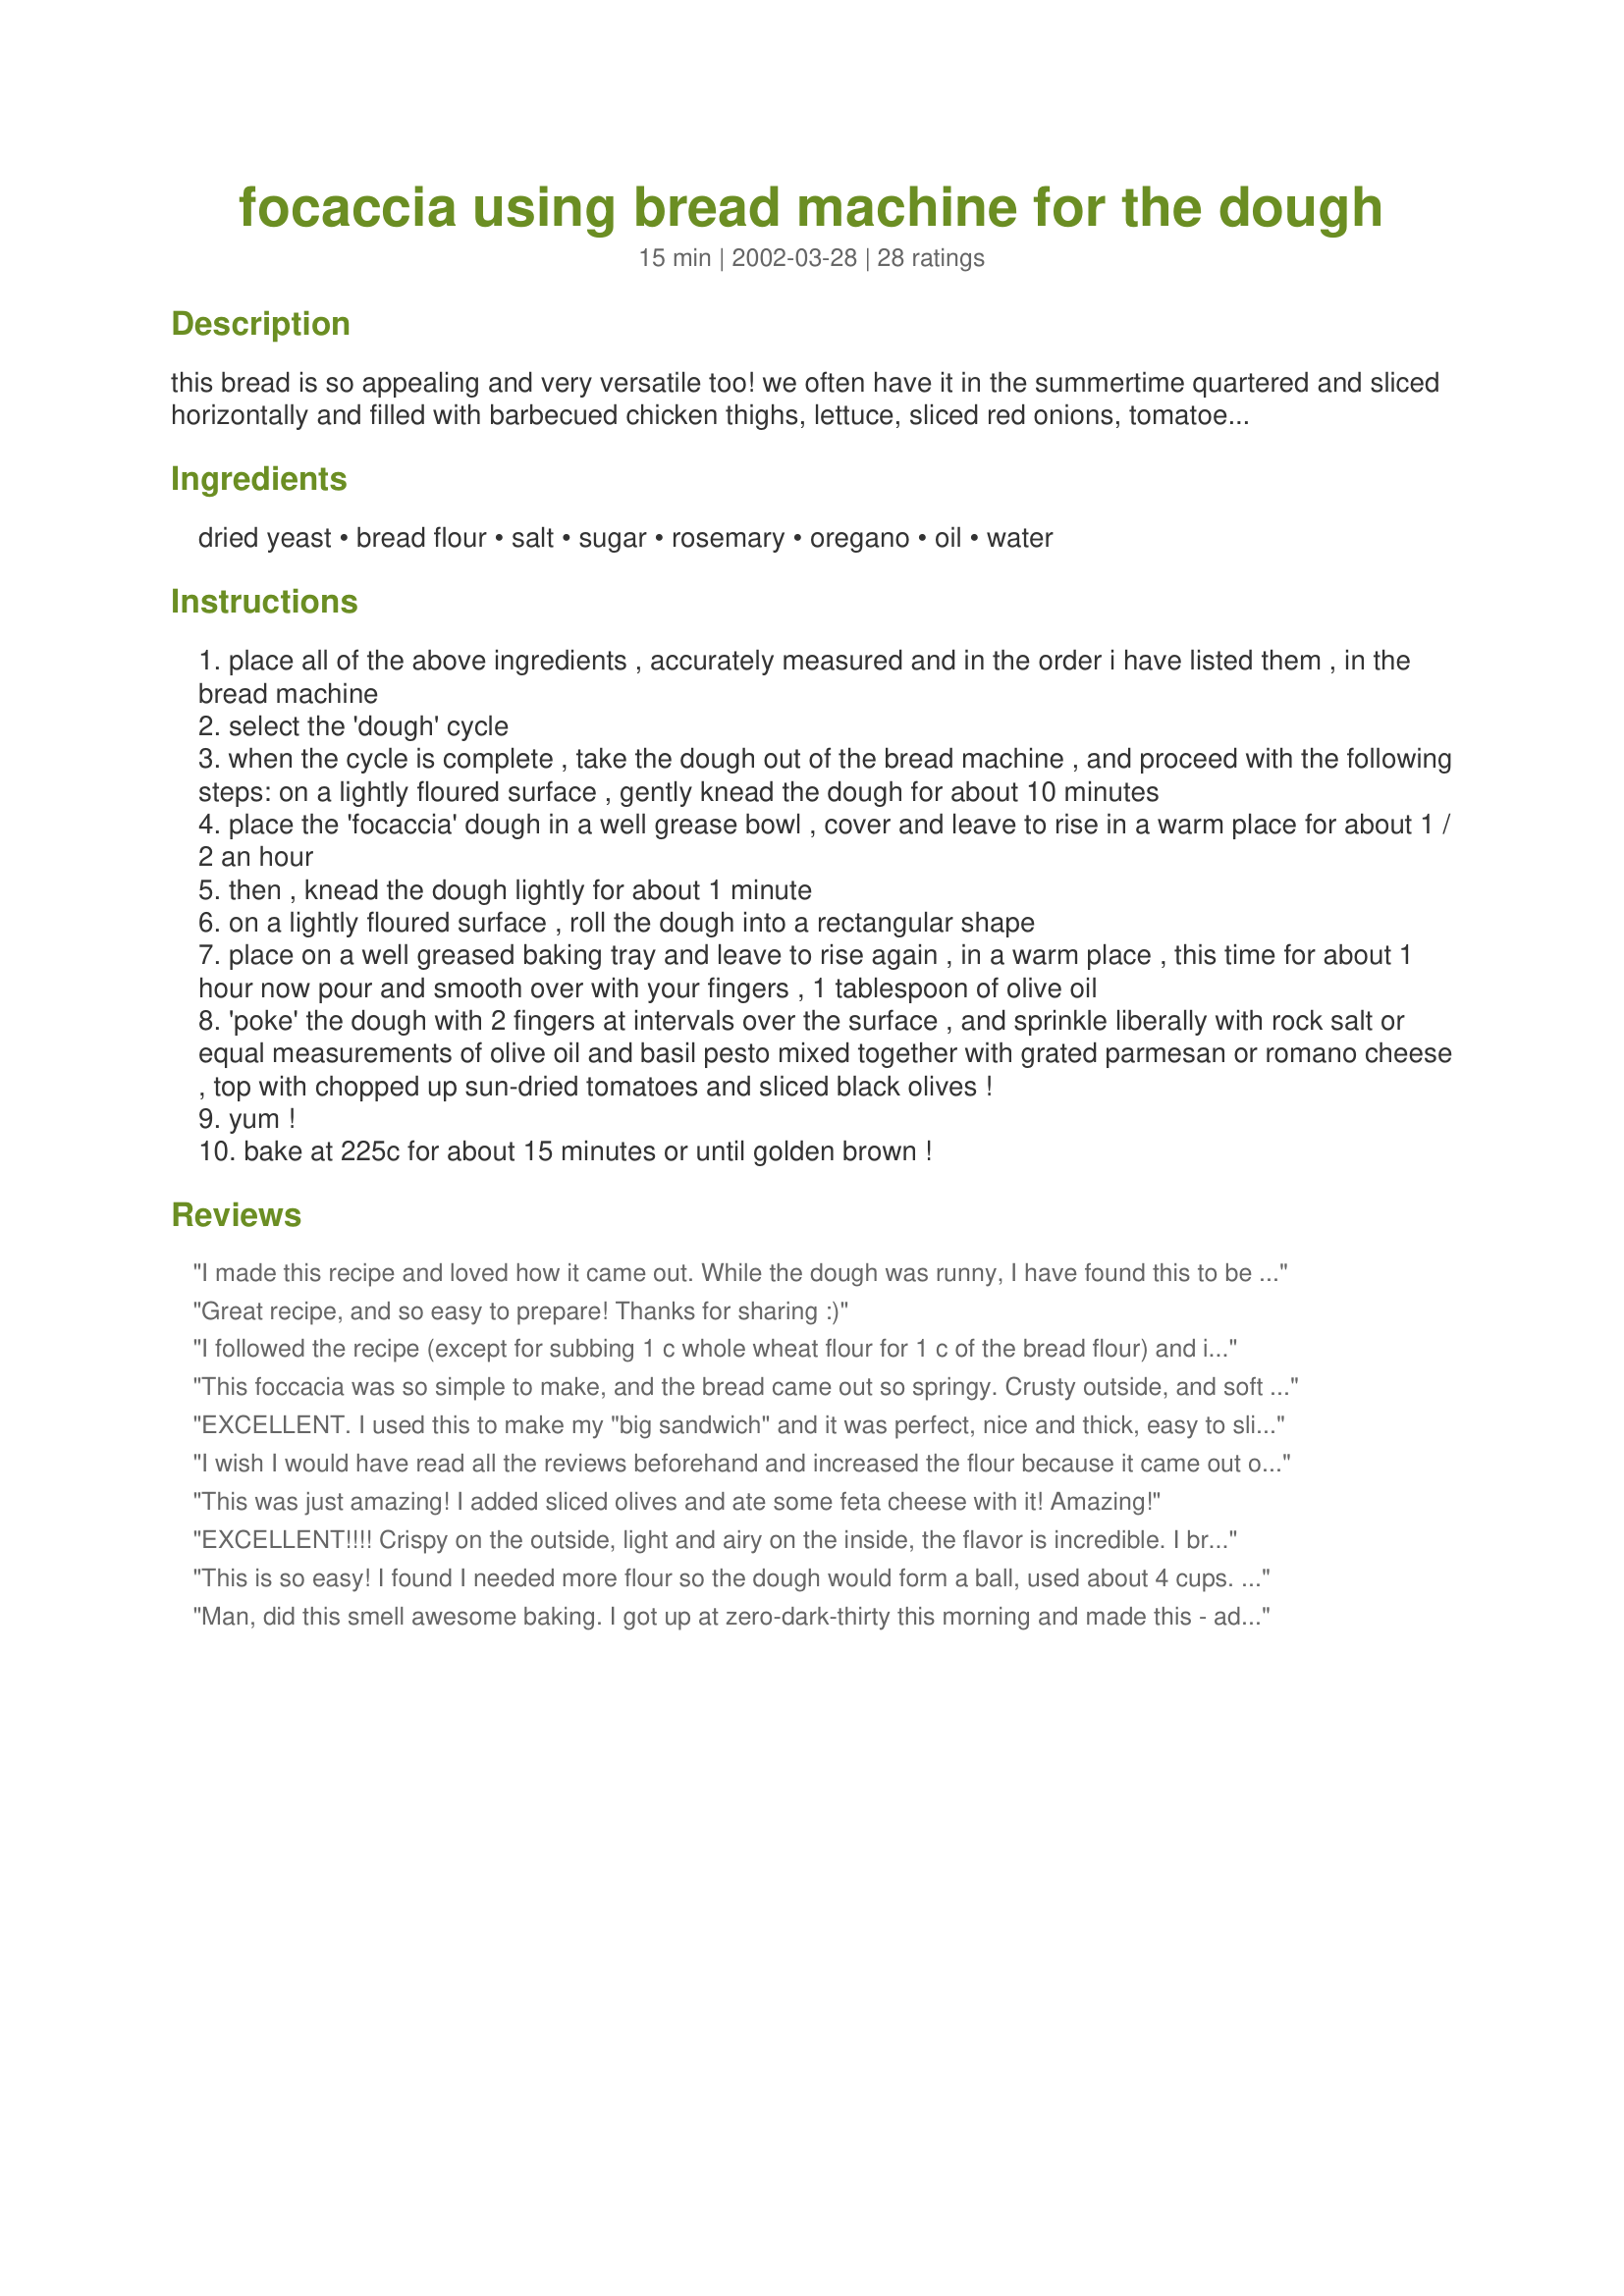
focaccia using bread machine for the dough
Preparation time: 15 minutes

this bread is so appealing and very versatile too! we often have it in the summertime quartered and sliced horizontally and filled with barbecued chicken thighs, lettuce, sliced red onions, tomatoes and avocado and some paul newman's own ranch dressing! simply divine!! the preparation time i have given does not include the time it takes for the bread machine to make the dough or the time it takes for the dough to rise.

Ingredients:
dried yeast, bread flour, salt, sugar, rosemary, oregano, oil, water

Steps:
place all of the above ingredients , accurately measured and in the order i have listed them , in the bread machine
select the 'dough' cycle
when the cycle is complete , take the dough out of the bread machine , and proceed with the following steps: on a lightly floured surface , gently knead the dough for about 10 minutes
place the 'focaccia' dough in a well grease bowl , cover and leave to rise in a warm place for about 1 / 2 an hour
then , knead the dough lightly for about 1 minute
on a lightly floured surface , roll the dough into a rectangular shape
place on a well greased baking tray and leave to rise again , in a warm place , this time for about 1 hour now pour and smooth over with your fingers , 1 tablespoon of olive oil
'poke' the dough with 2 fingers at intervals over the surface , and sprinkle liberally with rock salt or equal measurements of olive oil and basil pesto mixed together with grated parmesan or romano cheese , top with chopped up sun-dried tomatoes and sliced black olives !
yum !
bake at 225c for about 15 minutes or until golden brown !

Reviews:
I made this recipe and loved how it came out. While the dough was runny, I have found this to be a common thing in focaccia. I know some people don&#039;t like all the kneading, but I have noticed that without the kneading it does not taste the same. I have taken some culinary classes and so in those they did teach us about how kneading actually is used to spread flavors throughout the dough that can settle during rising times. While this recipie can take kinda a whole day to prepare, it is amazing. I&#039;ve shared it with friends and people loved it.....even told me it was pretty addicting. while I will admit that I also put olive oil in the pan when I cook it and that makes it amazing! Just be careful because again it can become adicting and help make friends! ;)
Great recipe, and so easy to prepare! Thanks for sharing :)
I followed the recipe (except for subbing 1 c whole wheat flour for 1 c of the bread flour) and it turned out perfectly and great with a bowl of veggie beef soup for dinner tonight. I didn't put anything on the top except for olive oil and salt. I will definitely be making this again! Thanks!
This foccacia was so simple to make, and the bread came out so springy. Crusty outside, and soft inside. Forgot to salt mine before baking, won't make the same mistake again next time. Very tasty. Thank you for posting.
EXCELLENT. I used this to make my "big sandwich" and it was perfect, nice and thick, easy to slice in half. I did have to use about 4 cups of flour.
I wish I would have read all the reviews beforehand and increased the flour because it came out of the bread machine as a sloppy gloppy mess. I had to add an additional 2 cups of flour before I could begin kneading :( I'm fairly experienced with making bread in general, never had a dough like that before.
This was just amazing! I added sliced olives and ate some feta cheese with it! Amazing!
EXCELLENT!!!! Crispy on the outside, light and airy on the inside, the flavor is incredible. I brushed the dough with 2 Tablespoons of olive oil, sprinkled on top with 1 teaspoon Kosher salt, 2 teaspoons of oregano and 2 teaspoons of rosemarry. Oh, I made it by hand and used regular AP flour since I didn't have bread flour. Wish I could give it 10 Stars!!! Thank you for sharing this recipe.
This is so easy! I found I needed more flour so the dough would form a ball, used about 4 cups. Topped it with kosher salt, rosemary, sun dried tomatoes, and caramelized onions. YUMMY!
Man, did this smell awesome baking. I got up at zero-dark-thirty this morning and made this - added marinara, parmesan and mozzarella for a pizza to send with my hubby for his lunch. Wonderful.
Fantastic recipe!!!! I halved this recipe and it worked just fine. This flat bread has a great crunchy outside and softer-doughy inside. My bread machine's dough cycle ends with some rising time, but I took the dough out, shaped it and then baked it. My total bake time was a bit longer than 40 minutes, but I think that's because I was baking it in a steam oven. I also sprinkled the loaf with some parmesan cheese. Thanks!
This was so great! I am no baker by any stretch of the imagination, but I bought a bread machine a while ago and have used it only a few times. I was in the mood to cook something and focaccia bread came to mind. I was thinking there was no way I could pull this off, but I followed your instructins carefully and was amazed that I actually made bread that good! I will definately make this again. We took it to the beach and warmed it on the grill with some mozzerella on top! Eveyone loved it!! Thank you, thank you, thank you!
This is really good bread. I used 1 T fresh rosemary in place of dried and added 1 t garlic powder. Topped with salt and more rosemary before baking. People can't believe it's homemade.
Absolutely wonderful! We didn't have
rosemary so we used a mix meant for dipping in oil and it was great. We will make this often. thanks so much for posting.
Excellent recipe. I used 3 1/2 cups bread flour and 2 1/4 tsp yeast (1 packet). I put it all in the bread machine and let it do all of the work. When the dough was ready to bake, I sprinked it with coursely ground salt, pepper and parmesan cheese. I baked it at 425 F for 10 minutes. Perfect! We had hamburgers last night using grilled focaccia slathered with pesto mayonaise, Fresh Moz Cheese, ground sirloin and fresh tomato slices. We were in heaven! Thanks for posting this delicious and easy recipe.
I used half the dough to make Recipe #47149 and the other half I made into a small round loaf. This was a great recipe and I will make it again! *update* I used this recipe to make 3 small loaves and then added them to family sized servings of Recipe #239966 to give as Christmas presents.
Wonderful, just made as directed and used olive oil and rock salt as topping. Needed the full 4 cups of flour, but result so light and melt an the mouth.
Will be using this one again. Thank-you
Josey
Excellent Focaccia. I've made this 2 days in a row now both with excellent results. I did increase the flour to just under 4 cups, the recipe is posted by a New Zealand Chef and their cup sizes are larger than U.S. cups. I topped one half with pesto and the other with tomatoe paste and balsamic soaked olives. Yum. Thanks Karin for posting.
Amazing! I topped mine with the olive oil/pesto mix with parmesan and a black olive bruschetta mix from a jar. I will definitely make this again. I only used 3 cups of flour because I didn't read the reviews beforehand. It turned out fine although the dough was very sticky and a little runny in the beginning.
this absolutely does not work in my bread maker.....follow the instructions given by the manufacturer for the order of ingredients, not the author! I ended up with a liquid on top and unmixed flour at the bottom. I have now combined it with a wooden spoon and trying again!
Really good focaccia bread! I just sprinkled the top with salt and rosemary, didn&#039;t have parmesan and wanted to make it now. A keeper, can&#039;t wait to make it again, yum.
This is a weird recipe. The dough is a runny mess. I had to add over a cup more flour. What's the point - why not correct the recipe with the correct amount of flour? Why knead it more after it comes out of the bread maker?<br/>I use a kiawe-wood-fired bread oven. Tasted good - like pizza dough with olive oil. Next time I'll just put olive oil and seasoning on my pizza dough.
This bread is excellent. I used one half for panini sandwiches. The next day I topped it with mozzarella and heated it. I then cut it into sticks about 1" thick for our teenage sons. They dipped it into a cupfull of spaghetti sauce. Our eldest said "Mom, You have to make this the next time a bunch of my friends come over"
I made this bread twice according to the instructions and it came out perfectly both times. It is absolutely delicious! I topped mine with garlic, coarse salt, extra virgin olive oil, fresh grated parmesan cheese, and fresh rosemary. It is very versatile, though - you can top it with as much (or as little) as you like. I look forward to using it with my panini press for rustic grilled sandwiches, too.
This recipe is amazing and addictive! I made it the first time on Valentines Day and today is the 26th of February. I have made it 4 times so far and the 5th is in the bread maker right now. I had no problem with the ingredient amounts at all. I have tweaked it a bit to make it my own. I added about 1/4 cup sun dried tomatoes packed in oil right before the oil. I use the oil from the tomatoes as my oil and put in a scant tablespoon. Added 1/2 tsp garlic powder with the herbs. After the dough cycle is up I put the dough directly on my baking sheet and let rest for half an hour. Before baking cover top with a blend of Parmesan and asiago shredded cheese. Bake at 400 for 20-25 minutes. DELICIOUS!
I have made this recipe 3 times now and its been great every time. I make it into a large rectangle as i cut it in to squares and then cut those horizontally to make sandwiches. It is fantastic made with imported salami, sharp provolone and a drizzle of basalmic. If you want to go all out, heat it up open face style in the oven......great recipe! 5 STARS!
This was exceptional! We added sea salt before baking like suggested, but instead of the additonal
oil/cheese/pesto topping, we added carmalized onions. Then we baked it and were pleased with the results!
Great Recipe for Focaccia, easy and tasty.
I did have to increase the flour, like others had to, used almost 4 cups.I love the idea of adding the rosemary & oregano to the dough, lots of added flavor. After letting the dough rise on the pan ,I punched holes, spread Extra virgin olive oil on top, sprinkled with Kosher salt and rosemary, This is my family's favorite topping for Focaccia. Made it for our DDIL birthday get together. Thank you Karin for posting the recipe.
